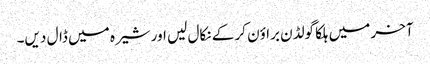
آخر میں ہلکا گولڈن براؤن کر کے نکال لیں اور شیرہ میں ڈال دیں۔